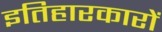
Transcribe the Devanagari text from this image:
इतिहारकारों